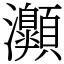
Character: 𤅡